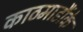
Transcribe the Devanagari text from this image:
काठमाडौंके